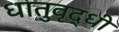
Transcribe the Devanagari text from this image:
धातुवृद्धी